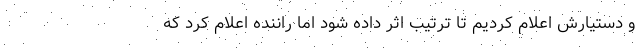
و دستیارش اعلام کردیم تا ترتیب اثر داده شود اما راننده اعلام کرد که